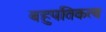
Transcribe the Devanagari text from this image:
बहुपतिकत्व